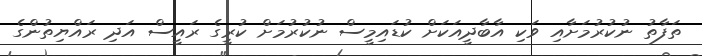
ތަފާތު ނުކުރުމަށާއި ވަކި އާބާދީއަކަށް ކުޑައިމީސް ނުކުރުމަށް ކުރީގެ ރައީސް އަދި ރައްޔިތުންގެ